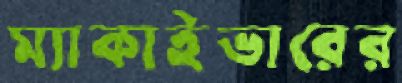
ম্যাকাইভারের